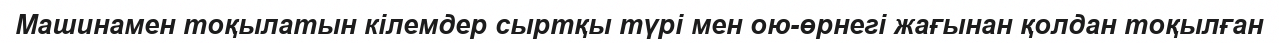
Машинамен тоқылатын кілемдер сыртқы түрі мен ою-өрнегі жағынан қолдан тоқылған